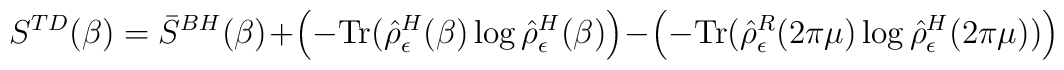
S^{TD}(\beta)=	\bar{S}^{BH}(\beta)+\left(-\mbox{Tr}(\hat{\rho}^H_\epsilon(\beta)\log	\hat{\rho}^H_\epsilon(\beta)\right)-	\left(-\mbox{Tr}(\hat{\rho}^R_\epsilon(2\pi\mu)\log\hat{\rho}^H_\epsilon(2\pi\mu))\right)~~~